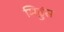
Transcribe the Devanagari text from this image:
मिड्डंस